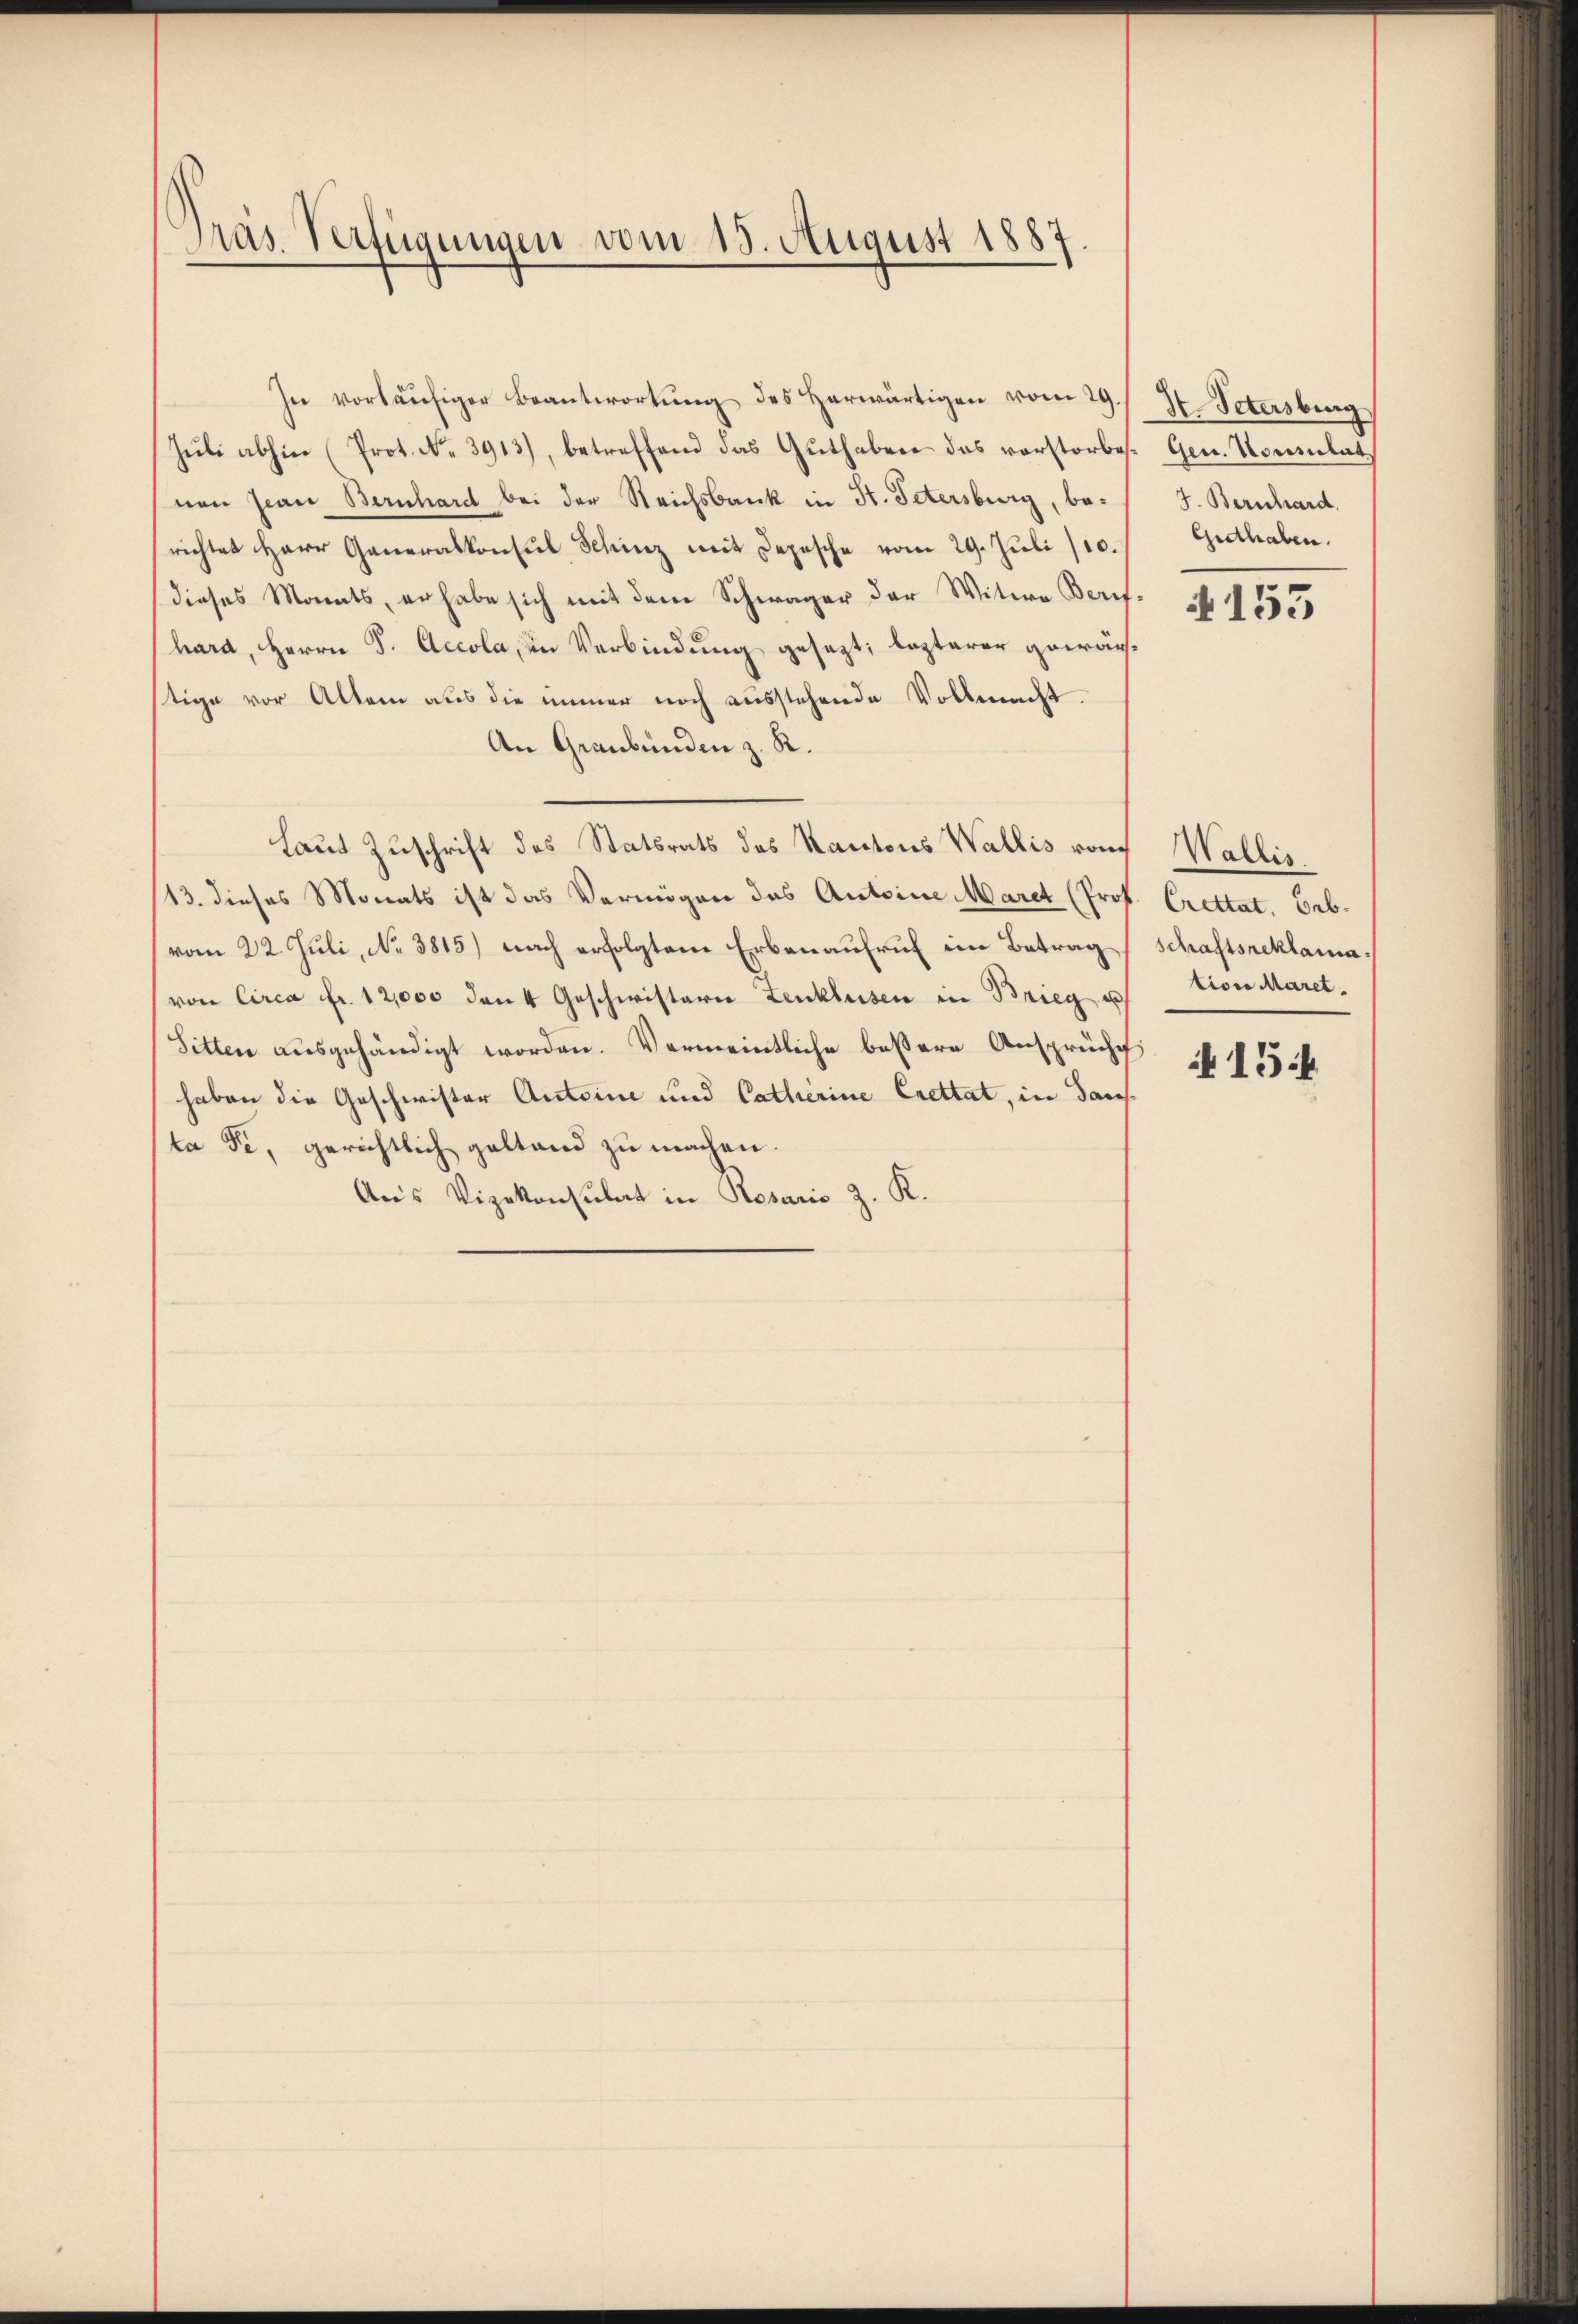
Pras Verfügungen vom 15. August 1887.

In vorläufiger Beantwortung des Herwärtigen vom 29.
Zŭli abhin (Prot. No. 3913), betreffend das Guthaben das vorstorbes. Gen. Konsulat
nen Jean Bernhard bei der Reichsbank in St. Petersburg, berichtet Herr Generalkonsul Schinz mit Depesche vom 29. Juli/10.
dieses Monats, er habe sich mit dem Schwager der Witwe Berifhard, Herrn S. Accola, in Verbindung gesezt; lezterer gewärstige vor Alter aus die immer noch ausstehende Vollmacht.
An Graubünden z. R.
Laut Zuschrift des Statsrats des Kantons Wallis vom
13. dieses Monats ist das Vermögen das Antoine Maret (Prof. Crettat. Gebr
vom 22. Juli, No 3815) nach erfolgten Erbenaufruf im Betrag
von Circa Fr. 12,000 den 4 Geschwisterie Lenklusen in Brieg u
Sitten ausgehändigt worden. Vermeintliche bessere Ansprüche
haben die Geschwister Antoine und Catherine Crettat, in dans
ta Fe, gerichtlich geltend zu machen.
Aus Vizekonsulat in Resaris z. R.

N. Petersburg
J. Bernhard.
Guthaben.

4153

Wallis
schaftsreklama
tion Maret.

i 154